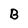
Character: B